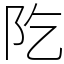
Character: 阣